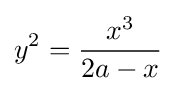
y^{2}={\frac {x^{3}}{2a-x}}